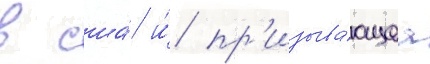
в сша́ и́ пр'изыва́ющаа